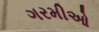
ગરમીઓ